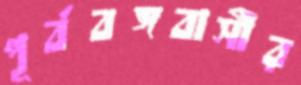
পূর্ববঙ্গবাসীর